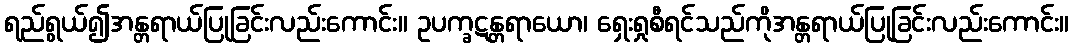
ရည်ရွယ်၍အန္တရာယ်ပြုခြင်းလည်းကောင်း။ ဥပက္ခဋန္တရာယော၊ ရှေးရှုစီရင်သည်ကိုအန္တရာယ်ပြုခြင်းလည်းကောင်း။